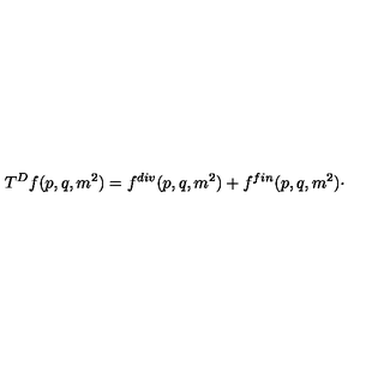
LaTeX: T ^ { D } f ( p , q , m ^ { 2 } ) = f ^ { d i v } ( p , q , m ^ { 2 } ) + f ^ { f i n } ( p , q , m ^ { 2 } ) \cdot